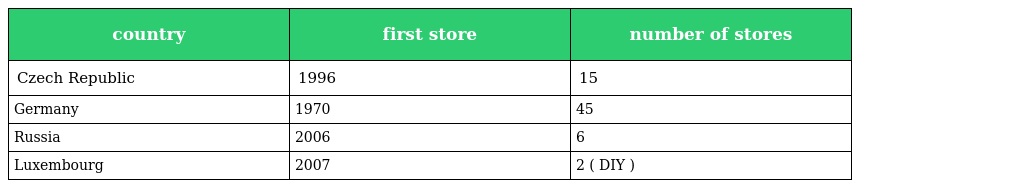
| country | first store | number of stores |
 | --- | --- | --- |
 | Czech Republic | 1996 | 15 |
 | Germany | 1970 | 45 |
 | Russia | 2006 | 6 |
 | Luxembourg | 2007 | 2 ( DIY ) |